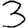
Digit: 3